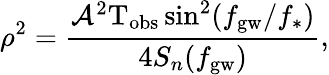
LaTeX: \rho^{2}=\frac{\mathcal{A}^{2}\mathrm{T}_{\mathrm{obs}}\sin^{2}(f_{\mathrm{gw}}/f_{\ast})}{4S_{n}(f_{\mathrm{gw}})},